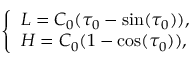
\left\{ { \begin{array} { l } { L = C _ { 0 } ( \tau _ { 0 } - \sin ( \tau _ { 0 } ) ) , } \\ { H = C _ { 0 } ( 1 - \cos ( \tau _ { 0 } ) ) , } \end{array} } \right.